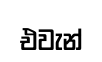
එවැන්